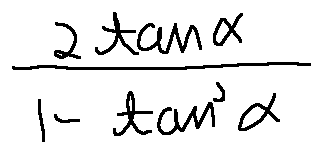
\frac { 2 \tan \alpha } { 1 - \tan ^ { 2 } \alpha }